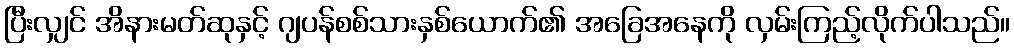
ပြီးလျှင် အိနားမတ်ဆုနှင့် ဂျပန်စစ်သားနှစ်ယောက်၏ အခြေအနေကို လှမ်းကြည့်လိုက်ပါသည်။